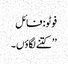
فوٹو: فائل
’’کتنے لگاؤں۔